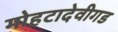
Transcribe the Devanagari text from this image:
मोहटादेवीगड